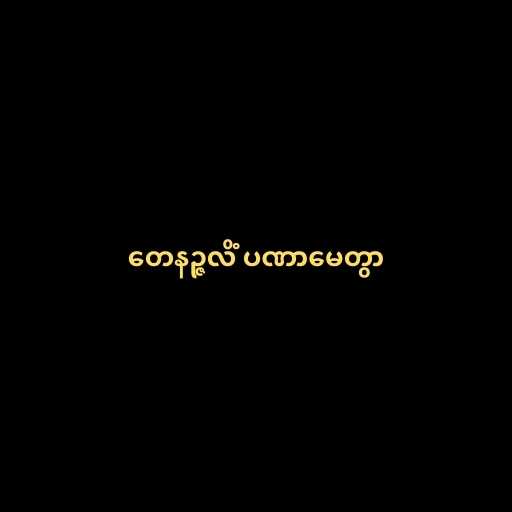
တေနဉ္ဇလိံ ပဏာမေတွာ